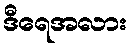
ဒီရေအလား